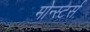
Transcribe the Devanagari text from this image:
मोन्स्टर्स